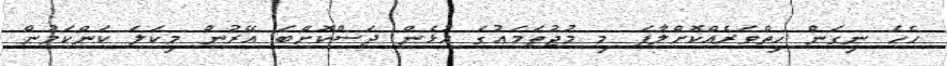
ހެހެ ނިގަން ހިތްވަރެއްކޮށްލާފަ މި މުޖުތަމަޢުގަ އުޅެން ދަސްކޮށްބަ އޭރުން މިކަލަ ކަންކަމުން